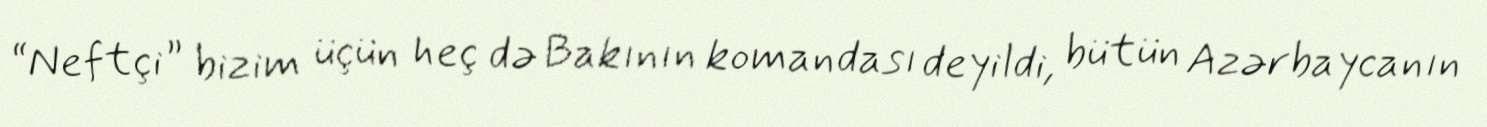
“Neftçi” bizim üçün heç də Bakının komandası deyildi, bütün Azərbaycanın